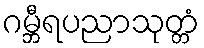
ဂမ္ဘီရပညာသုတ္တံ